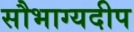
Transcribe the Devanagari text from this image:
सौभाग्यदीप